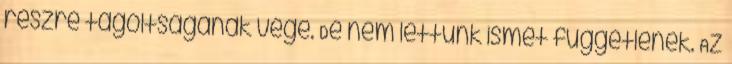
részre tagoltságának vége. De nem lettünk ismét függetlenek. Az